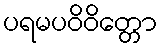
ပရမပဝိဝိတ္တော